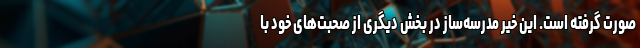
صورت گرفته است. این خیر مدرسه‌ساز در بخش دیگری از صحبت‌های خود با